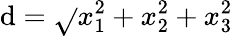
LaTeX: \mathrm{d}={\sqrt{}{{x_{1}^{2}+x_{2}^{2}+x_{3}^{2}}}}